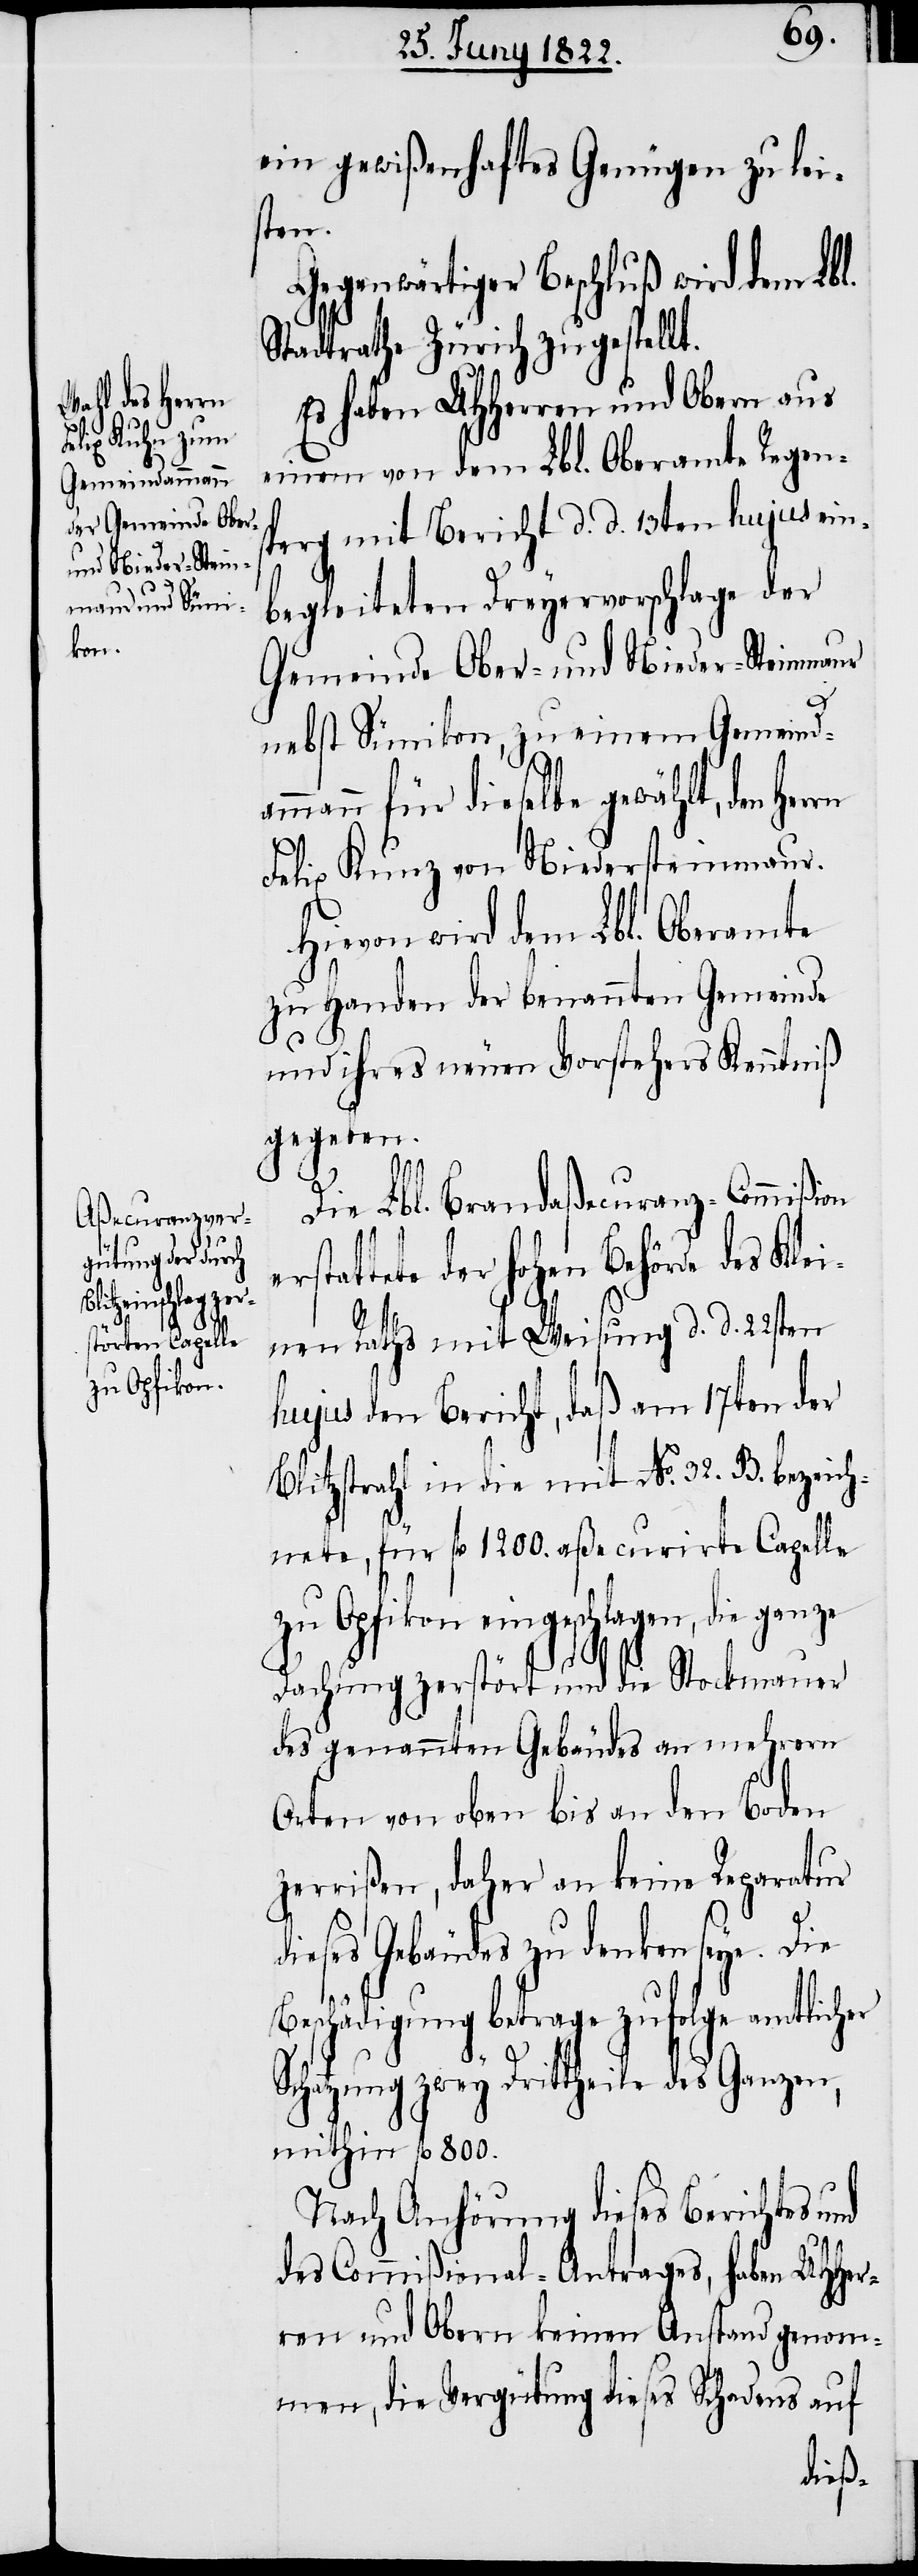
eingeschlagen,
zu Opfikon

ein gewißenhaftes Genügen zu lei¬
sten.
Gegenwärtiger Beschluß wird dem Lbl.
Stadtrathe Zürich zugestellt.
Es haben UHHerren und Obern aus
einem von dem Lbl. Oberamte Regen¬
sperg mit Bericht d. d. 13ten hujus ein¬
begleiteten Dreyervorschlage der
Gemeinde Ober- und Nieder-Steinmaur
nebst Sümikon, zu einem Gemeinda¬
mmann für dieselbe gewählt, den
Felix Kunz von Niedersteinmaur.
Hievon wird dem Lbl. Oberamte
zu Handen der benannten Gemeinde
und ihres neuen Vorstehers Kenntniß
gegeben.
ganze
Die Lbl. Brandaßecuranz-Commißion
tete der Hohen Behörde des
nen Raths mit Weisung d. d. 22sten
hujus den Bericht, daß am 17ten der
Blitzstrahl in die mit No. 32. B. bezeich¬
nete, für fl. 1200. aßecurirte Capelle
Dachung zerstört und die Stockmauer
des genannten Gebäudes an mehrern
Orten von oben bis an den Boden
zerrißen, daher an keine Reparatur
es Gebäudes zu denken seye.
Beschädigung betrage zufolge amtlicher
Schatzung zwey Drittheile des Ganzen,
mithin fl. 800.
Nach Anhörung dieses Berichtes und
des Commißional-Antrages, haben UHHer¬
ren und Obern keinen Anstand genom¬
men, die Vergütung dieses Schadens auf
dies¬